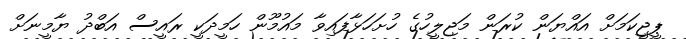
ޕީޖީކަމަށް އައްޔަން ކުރަން މަޖިލީހުގެ ހުށަހަޅާފައިވާ މައުމޫން ހަމީދަކީ ރައީސް އަބްދު ޔާމީނަށް